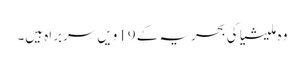
وہ ملیشیا کی بحریہ کے 19ویں سربراہ ہیں۔